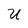
Character: U